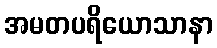
အမတပရိယောသာနာ